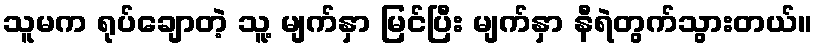
သူမက ရုပ်ချောတဲ့ သူ့ မျက်နှာ မြင်ပြီး မျက်နှာ နီရဲတွက်သွားတယ်။